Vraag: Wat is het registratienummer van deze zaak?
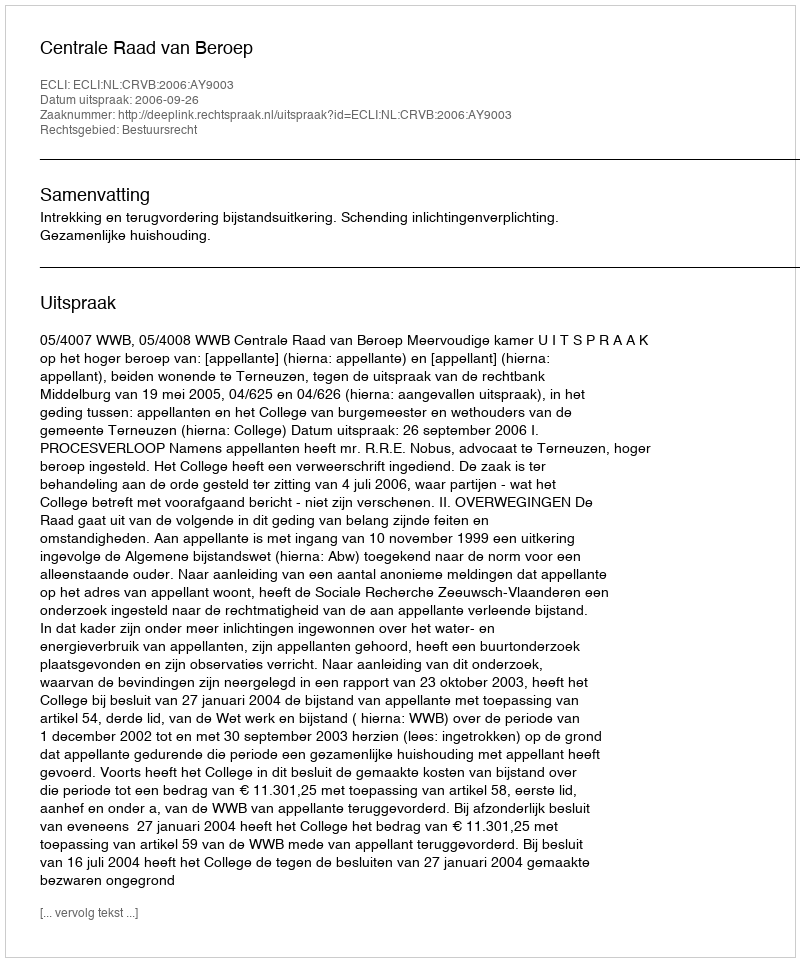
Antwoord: http://deeplink.rechtspraak.nl/uitspraak?id=ECLI:NL:CRVB:2006:AY9003